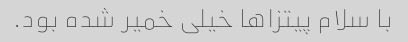
با سلام پیتزاها خیلی خمیر شده بود.